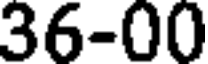
36-00